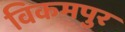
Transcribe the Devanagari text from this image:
विकमपुर